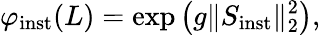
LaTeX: \varphi_{\mathrm{inst}}(L)=\exp\left(g\| S_{\mathrm{inst}}\| _{2}^{2}\right),